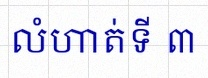
លំហាត់ទី ៣